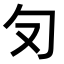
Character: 𭅄